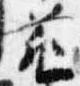
前